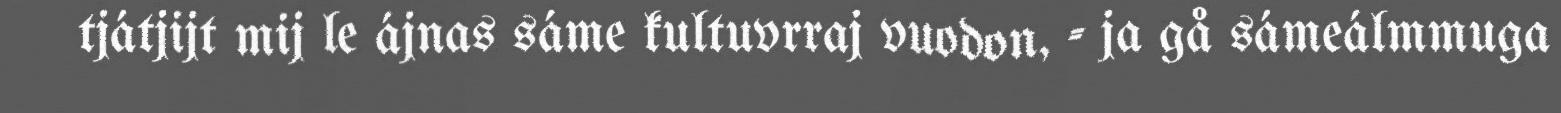
tjátjijt mij le ájnas sáme kultuvrraj vuodon, - ja gå sámeálmmuga